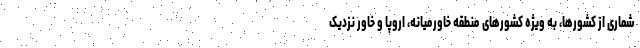
شماری از کشورها، به ویژه کشورهای منطقه خاورمیانه، اروپا و خاور نزدیک